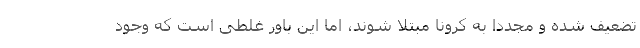
تضعیف شده و مجددا به کرونا مبتلا شوند، اما این باور غلطی است که وجود